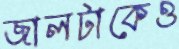
জালটাকেও